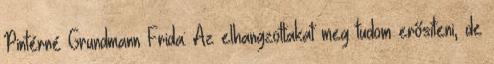
Pintérné Grundmann Frida: Az elhangzottakat meg tudom erősíteni, de